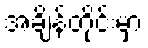
အချိန်တိုင်းမှာ